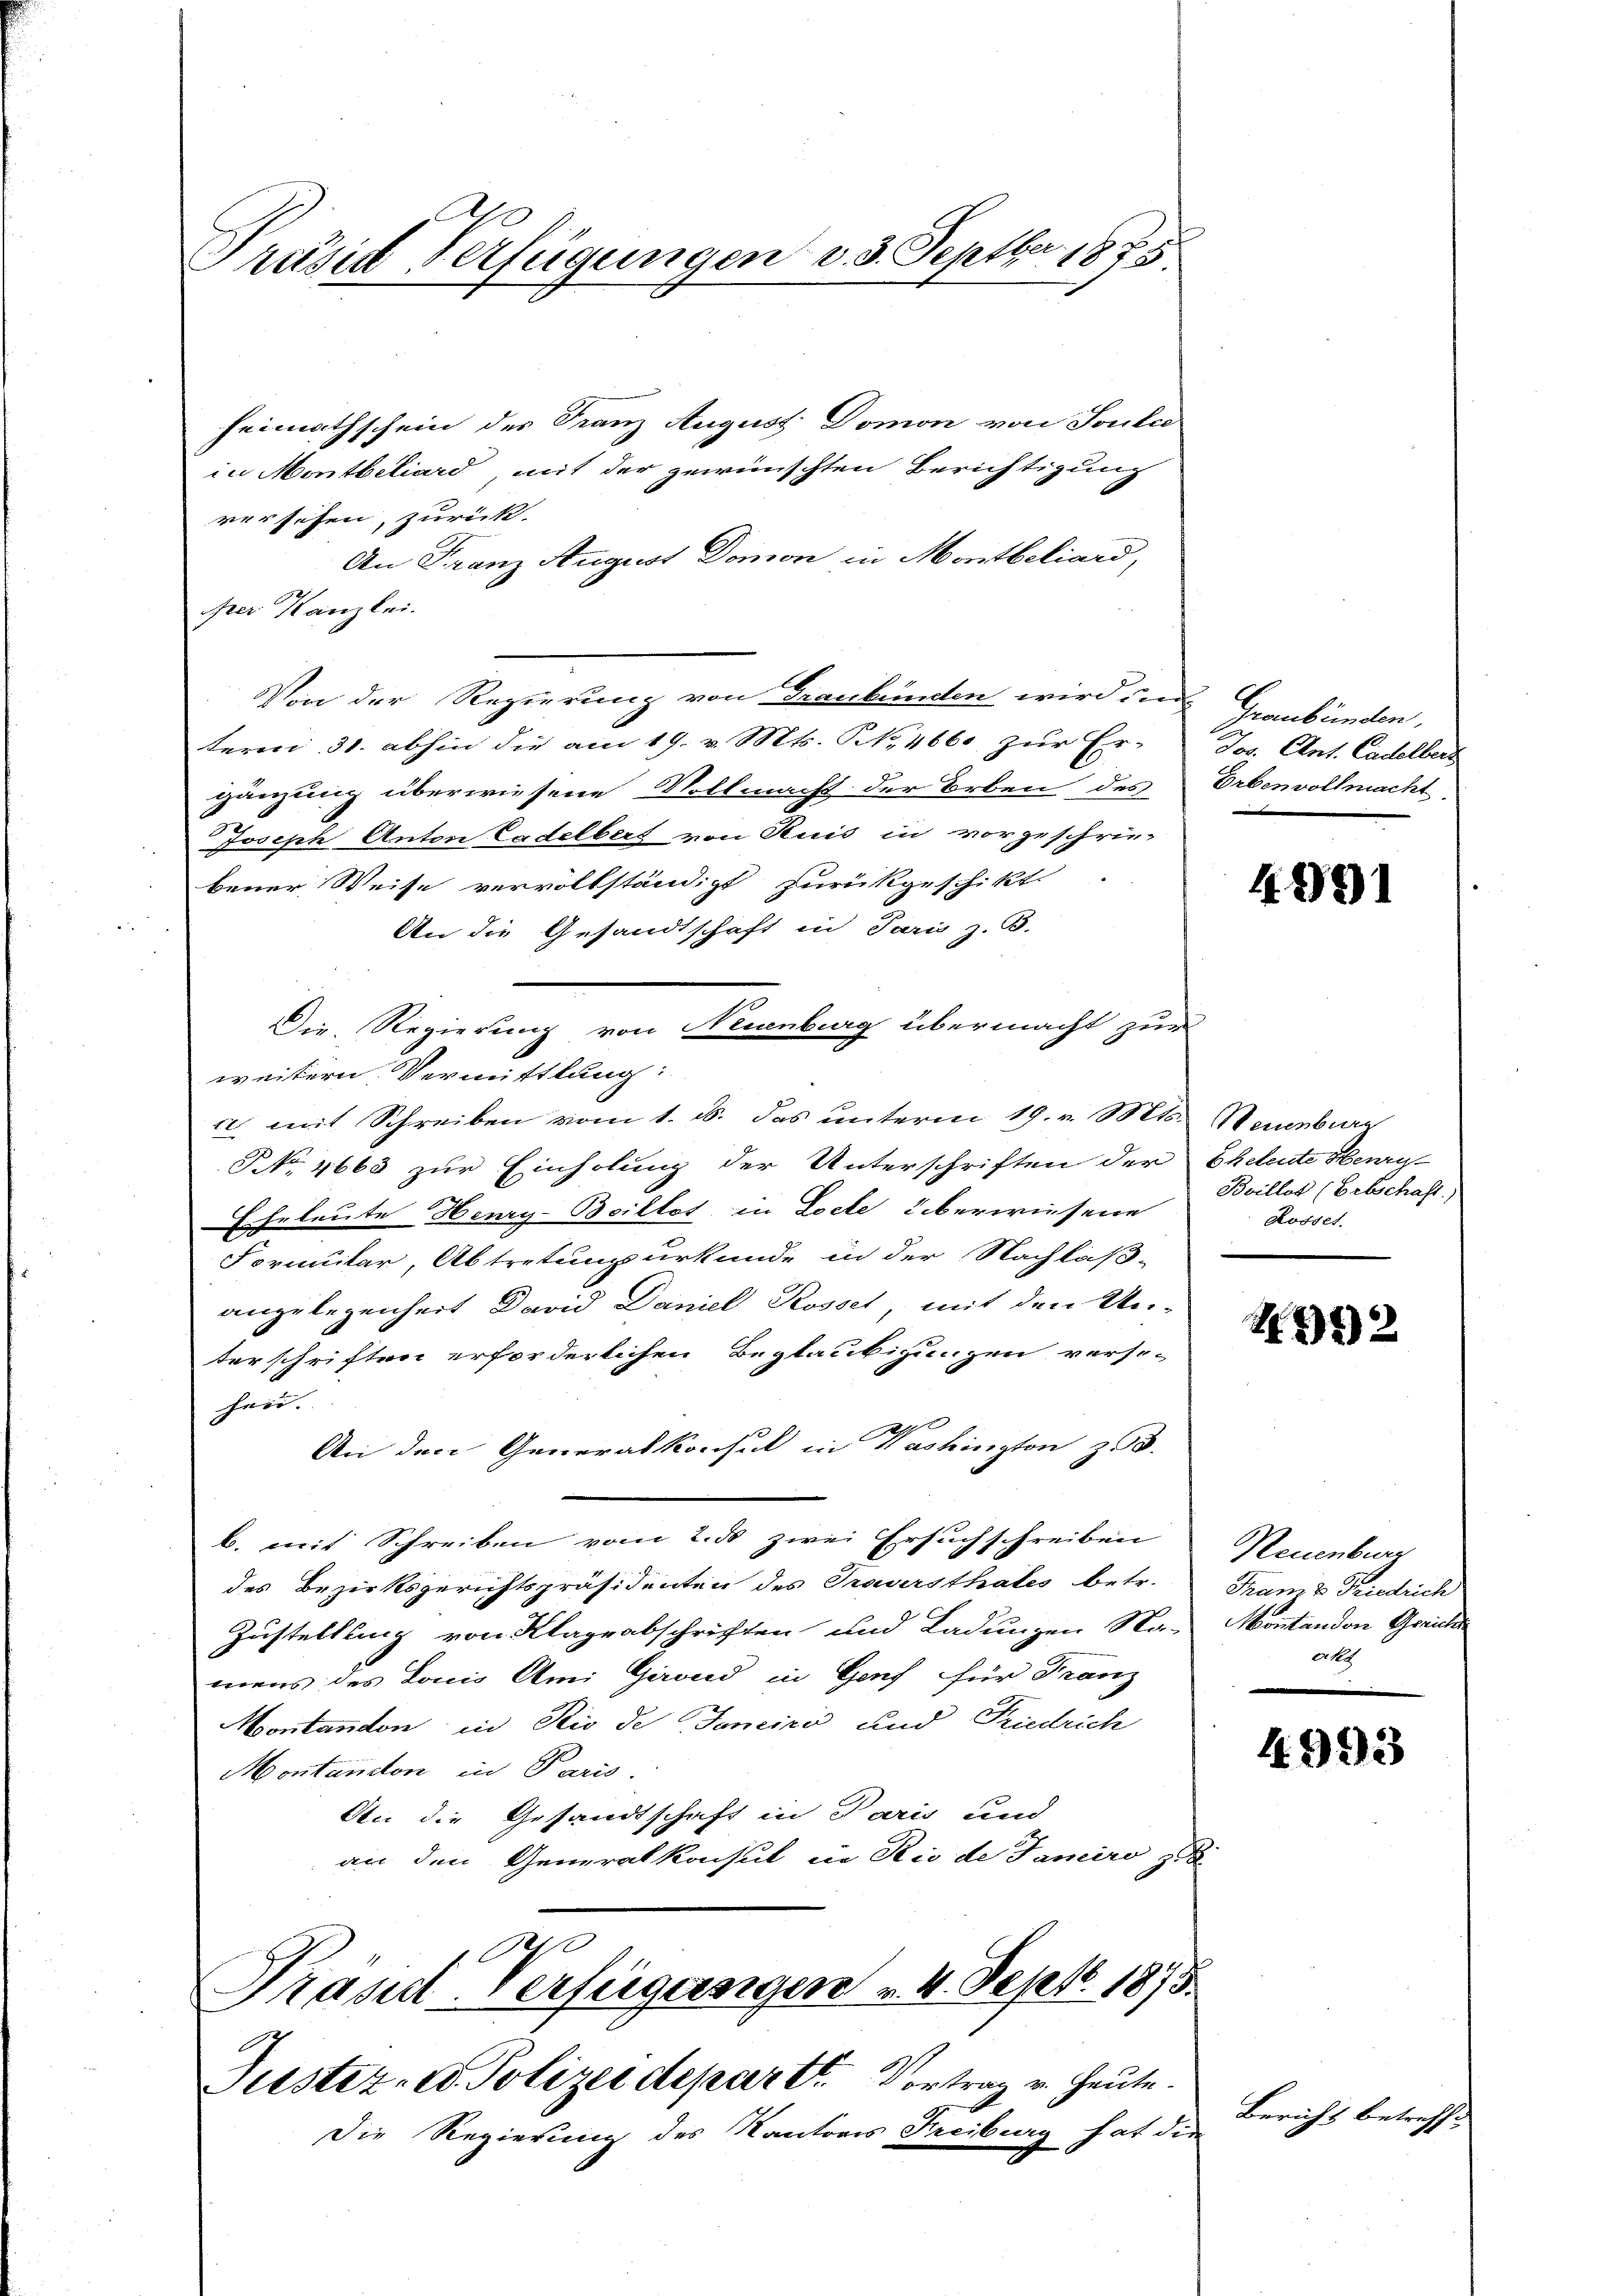
Präses Verfügungen d. 3. Septbr 1875

heimathschein der Franz August. Domon von Souli
in Montbiliard, mit der gewünschten Berichtigung
rersehen, zurück.
An Franz August Domon in Montbeliard,
per Kanzlei.
Von der Regierung von Graubünden wird in Graubünden,
term 31. abhin die am 19. v. Mts. S. 4660 zur Er-
gänzung überwiesene Vollmacht der Erben des Erbenvollmacht
Joseph Autor Cadelbert von Ruis in vorgeschrie-
bener Weise vervollständigt zurückgeschikt
An die Gesandtschaft in Paris z. B.
Die Regierung von Neuenburg übermacht zur
weitern. Vermittlung:
a mit Schreiben vom 1. ds. das unterm 19. v. Mts. Neuenburg
NNo. 4663 zur Einholung der Unterschriften der Eheleute Herr-
Eheleute Henry-Boillot in Loche überwiesene
Formular, Abtretungsurkunde in der Nachlaß-
anzubezeichert David Daniel Rossel, mit den Un-
terschriften erforderlichen Beglaubigungen verse-
heu.
An den Generalkonsul in Washington zu.
b. mit Schreiben vom 2. ds zwei Ersuchschreiben
des Bezirksgerichtspräsidenten des Trauersthales betr.
Zustellung von Klageabschriften und Ladungen Na-
mens des Louis Ami Girend in Genf für Franz
Montandon in Rio de Janeiro und Friedrich
Montandon in Paris.
An die Gesandtschaft in Paris und
an den Generalkonsul in Rio de Famiro zu
des
Präsid-Verfügungen v. 4. Sept. 1875.
Justiz- u. Polizeideparte. Vortrag v. Heute.
Die Regierung des Kantoris Freiburg hat die

Jos. Art. Cadelbers

4991

Boillot (Erbschaft)
Rosset.

92

Reuenburg
Tram & Friedrich
Montandon Gerich
ake

4993

Bericht betreffe